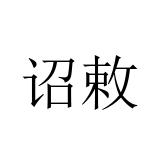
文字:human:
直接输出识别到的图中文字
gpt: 诏敕